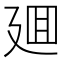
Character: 廽